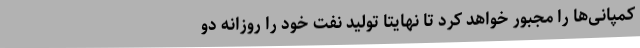
کمپانی‌ها را مجبور خواهد کرد تا نهایتا تولید نفت خود را روزانه دو